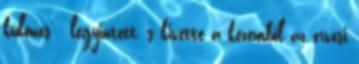
különös - legyintett, s kivette a kezemből az orvosi